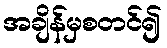
အချိန်မှစတင်၍